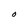
Character: O